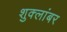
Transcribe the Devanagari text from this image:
शुक्लांबर